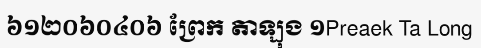
៦១២០៦០៤០៦ ព្រែក តាឡុង ១Preaek Ta Long